Annual report of the Madras Medical College
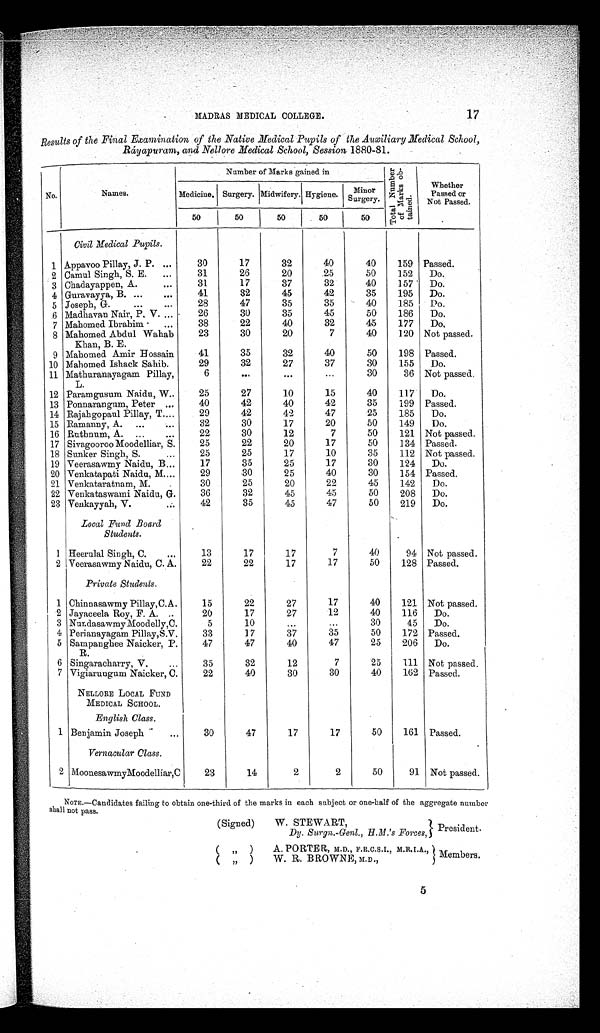
M A D R A S M E D I C A L C O L L E G E . 1 9 Second Department.
For Students qualifying for the Apothecary Grade.
First Year.
Second Year.
Third Year.
HOSPITAL ATTENDANCE.
SURGICAL AND MEDICAL WARDS.
GENERAL HOSPITAL, EYE INFIRMARY, AND LYING-IN
HOSPITAL.
Winter.
Anatomy.
Chemistry.
Materia Medica.
Physiology.
W i n t e r .
Anatomy.
Physiology.
Surgery and Clinical Surgery.
Medicine and Clinical Medicine.
Dissection and Demonstrations.
Winter.
Medicine and Clinical Medicine.
Surgery and Clinical Surgery.
Midwifery.
Ophthalmology.
Dissection and Demonstrations.
S u m m e r . Practical Chemistry.
Practical Pharmacy.
Examinations by the Assistants.
Summer.
Practical Pharmacy.
Minor Surgery.
Examinations by the Assistants.
Summer.
Medical Jurisprudence.
Hygiene. Diseases of Women and Children.
Operative and Minor Surgery.
Third or Junior Department.
For Students qualifying for the Hospital Assistant Grade.
First Year.
Second Year.
Third Year.
HOSPITAL ATTENDANCE.
ATTENDANCE AT THE GENERAL HOSPITAL DURING BOTH
SESSIONS.
ATTENDANCE AT THE GENERAL HOSPITAL, EYE INFIRMARY, AND
LYING-IN HOSPITAL.
W i n t e r . Anatomy.*
Materia Medica.*
Winter.
Medicine.*
Clinical Medicine.†
Surgery.*
Clinical Surgery.†
Midwifery.*
Dissections.
W i n t e r .
M e d i c i n e . †
C l i n i c a l M e d i c i n e . †
S u r g e r y . †
C l i n i c a l S u r g e r y . †
M i d w i f e r y . †
D i s s e c t i o n s a n d O p e r a t i v e S u r g e r y .
S u m m e r . Physiology.*
Practical Pharmacy.*
Minor Surgery.*
Summer. Hygiene.*
Minor Surgery.*
Practical Pharmacy.†
Summer.
Hygiene.
†
Medical Jurisprudence.†
Examinations in Midwifery, Medicine and Surgery.